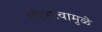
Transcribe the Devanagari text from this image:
गौणत्वामुळे